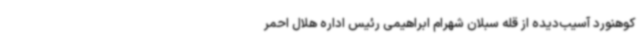
کوهنورد آسیب‌دیده از قله سبلان شهرام ابراهیمی رئیس اداره هلال احمر